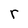
Character: r